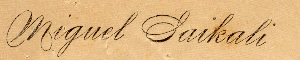
Miguel Saikali